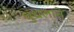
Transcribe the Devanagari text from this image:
धुंधलाने